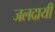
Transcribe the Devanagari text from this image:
जलदायी